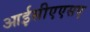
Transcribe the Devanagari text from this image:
आईसीएएसए